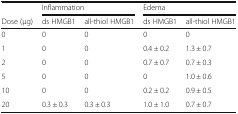
|  | <COLSPAN=2> Inflammation | <COLSPAN=2> Edema |
 | Dose (μg) | ds HMGB1 | all-thiol HMGB1 | ds HMGB1 | all-thiol HMGB1 |
 | --- | --- | --- | --- | --- |
 | 0 | 0 | 0 | 0 | 0 |
 | 1 | 0 | 0 | 0.4 ± 0.2 | 1.3 ± 0.7 |
 | 2 | 0 | 0 | 0.7 ± 0.7 | 0.7 ± 0.3 |
 | 5 | 0 | 0 | 0 | 1.0 ± 0.6 |
 | 10 | 0 | 0 | 0.2 ± 0.2 | 0.9 ± 0.5 |
 | 20 | 0.3 ± 0.3 | 0.3 ± 0.3 | 1.0 ± 1.0 | 0.7 ± 0.7 |